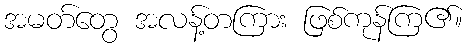
အမတ်တွေ အလန့်တကြား ဖြစ်ကုန်ကြ၏။